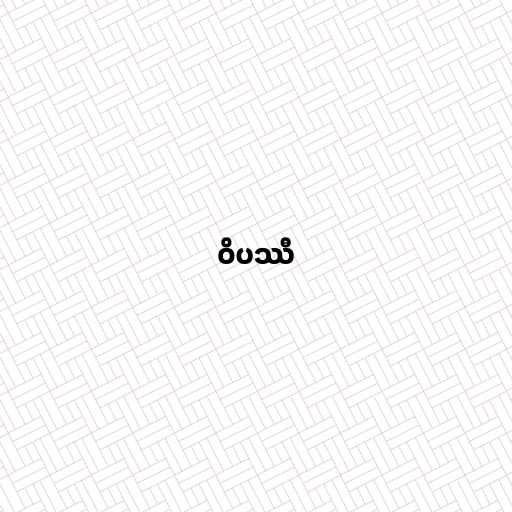
ဝိပဿီ